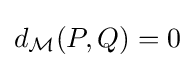
d_{\mathcal {M}}(P,Q)=0